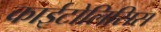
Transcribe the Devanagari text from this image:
काईटोलिसिस